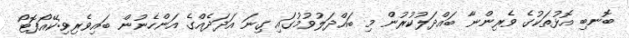
ބޮނބި އޮޅުތަކުގެ ވެރިންނާ ބައްދަލުކުރުން މި ބައްދަލުވުމުގައި ގިނަ އަދަދެއްގެ އަންހެނުން ބައިވެރިވި:ކޭއޯފޮޓޯ